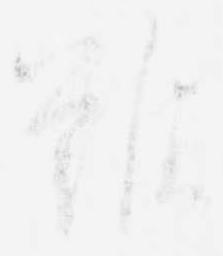
難